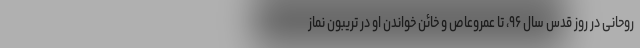
روحانی در روز قدس سال ۹۶، تا عمروعاص و خائن خواندن او در تریبون نماز